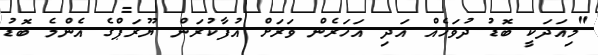
"މިއަދަކީ ބޮޑު ދުވަހެއް އަދި އަހަރެން ވަރަށް އުފާކުރަން ޔޫރަޕްގެ އެންމެ ބޮޑު